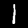
Digit: 1